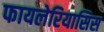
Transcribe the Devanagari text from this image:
फायलेरियासिस